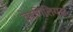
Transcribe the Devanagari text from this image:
वेरगिलियस